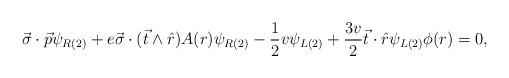
LaTeX: \begin{align*}\vec{\sigma} \cdot \vec{p} \psi_{R(2)} + e \vec{\sigma} \cdot (\vec{t} \wedge \hat{r}) A(r) \psi_{R(2)} - \frac{1} {2} v \psi_{L(2)} + \frac{3 v}{2} \vec{t} \cdot \hat{r} \psi_{L(2)} \phi(r) = 0,\end{align*}